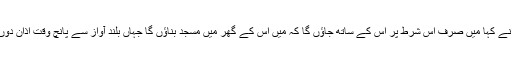
امیر نے کہا میں صرف اس شرط پر اس کے ساتھ جاؤں گا کہ میں اس کے گھر میں مسجد بناؤں گا جہاں بلند آواز سے پانچ وقت اذان دوں گا ۔